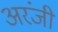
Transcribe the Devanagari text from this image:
अरंजी